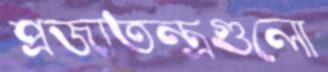
প্রজাতন্ত্রগুলো